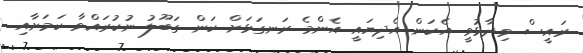
ރައީސް ވިދާޅުވީ އެކަން އެދިޔައީ އެންމެ ރަނގަޅަށް ކަން ގަބޫލު ނުކުރައްވާ ކަމަށާއި